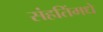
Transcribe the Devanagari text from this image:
संहतिंमधे